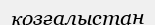
қозғалыстан